Vaccination in Bombay 1874-1876 - 1874-1876
Year: 1874
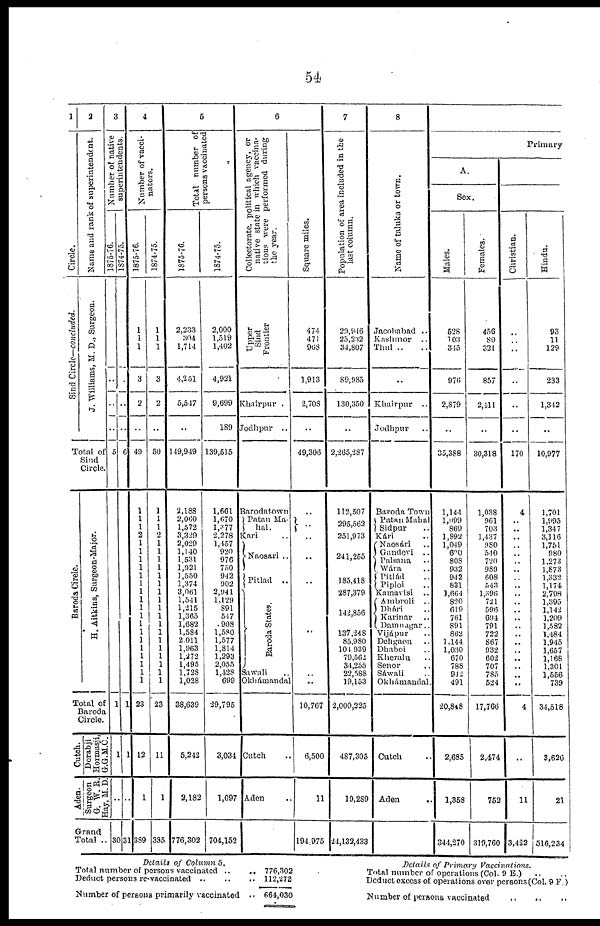
54
1
Circle.
Sind Circle—concluded.
2
Name and rank of superintendent.
J. Williams, M. D., Surgeon.
Total of
Sind
Circle.
Baroda Circle.
H. Aitkins, Surgeon-Major.
Total of
Baroda
Circle.
Cutch.
Dorabji
Homusji,
G.G.M.C.
Surgeon
G. W. B.
Hay, M. D.
Grand
Total .
3
Number of native
superintendents.
1875-76.
..
..
..
..
5
1
1
..
30
1874-75.
..
..
..
..
6
1
1
..
31
4
Number of vacci¬
nators.
1875-76.
1
1
1
3
2
..
49
1
1
1
2
1
1
1
1
1
1
1
1
1
1
1
1
1
1
1
1
1
1
23
12
1
389
1874-75.
1
1
1
3
2
..
50
1
1
1
2
1
1
1
1
1
1
1
1
1 1
1
1
1
1
1
1
1
1
23
11
1
335
6
Total number of
persons vaccinated
1875-76.
2,233
304
1,714
4,251
5,547
..
149,949
2,188
2,060
1,572
3,329
2,029
1,140
1,531
1,921
1,550
1,374
3,061
1,541
1,215
1,365
1,682
1,584
2,011
1,963
1,272
1,495
1,728
1,028
38,639
5,242
2,182
776,302
1874-75.
2,000
1,519
1,402
4,921
9,699
189
139,515
1,661
1,670
1,377
2,278
1,457
920
976
750
942
902
2,941
1,129
891
547
908
1,580
1,577
1,814
1,293
2,055
1,428
699
29,795
3,034
1,097
704,152
6
Collectorate, political agency, or
native state in which vaccina-
tions were performed during
the year.
Upper
Sind
Frontier
Khairpur .
Jodhpur ..
Barodatown
Patan Ma¬
hal.
Kari ..
Naosari ..
Pitlad
..
Baroda States.
Sawali ..
Okhámandal ..
Cutch ..
Aden ..
Square miles.
474
471
968
1,913
2,708
..
49,306
..
..
..
..
..
..
..
..
10,767
6,500
11
194,975
7
Population of area included in the
last column.
29,946
25,232
34,807
89,985
130,350
..
2,265,287
112,507
295,562
251,973
241,255
185,418
287,379
142,856
137,248
85,980
104,939
79,562
34,255
22,588
19,153
2,000,225
487,305
19,289
24,132,433
8
Name of taluka or town.
Jacobabad ..
Kashmor
..
Thul ..
..
Khairpur
..
Jodhpur ..
Baroda Town
Patan Mahal ..
Sidpur ..
Kári ..
Naosári ..
Gandevi
..
Palsana ..
Wára ..
Pitlád ..
Piploi ..
Kamavisi ..
Ambroli
..
Dhári ..
Karinar ..
Damnagar ..
Vijápur ..
Dehgaon ..
Dhaboi ..
Kheralu ..
Senor ..
Sáwali ..
Okhámandal.
Cutch
Aden
..
Primary
A.
Sex.
Males.
528
103
315
976
2,879
..
35,388
1,144
1,099
869
1,892
1,049
600
808
932
942
831
1,664
820
619
761
891
862
1,144
1,030
670
788
942
491
20,848
2,685
1,358
344,270
Females.
456
80
321
857
2,411
..
30,318
1,038
961
703
1,437
980
540
720
989
608
543
1,396
721
596
604
791
722
867
932
602
707
785
524
17,766
2,474
752
319,760
Christian.
..
..
..
..
..
..
170
4
..
..
..
..
..
..
..
..
..
..
..
..
..
..
..
..
..
..
.. ..
..
4
..
11
3,422
Hindu.
93
11
129
233
1,342
..
10,977
1,701
1,995
1,347
3,116
1,751
980
1,273
1,873
1,332
1,174
2,798
1,395
1,142
1,209
1,582
1,484
1,945
1,657
1,168
1,301
1,556
739
34,518
3,626
21
516,234
Details of Column 5.
Total number of persons vaccinated ..
..
Deduct persons re-vaccinated .. .. ..
Number of persons primarily vaccinated ..
776,302
112,272
664,030
Details of Primary Vaccinations.
Total number of operations (Col. 9 E.)
Deduct excess of operations over pcrsons(Col, 9 F.)
Number of persons vaccinated .. .. ..